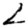
Digit: 2